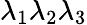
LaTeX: \lambda_{1}\lambda_{2}\lambda_{3}